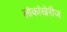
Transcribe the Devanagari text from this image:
लोकांखेरीज